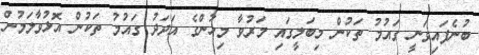
ބުނެފައިވަނީ ގައުމު ތަކުން މިބަލީގައި މަރުވާ މިހުންގެ އަދަދު ގައުމު ތަކުން އޮޅުވާލަމުން